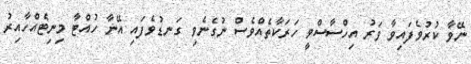
ނޭވާ ކުރުވެފައިވާ ވަރު އިހްސާސްވީ ހަރަކާތެއްވެސް ނުގެނެވި ގަނޑުވެފައި އޭނާ ހުއްޓާ މިނިޓެއްހާއިރު